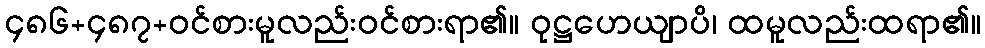
၄၈၆+၄၈၇+ဝင်စားမူလည်းဝင်စားရာ၏။ ဝုဋ္ဌဟေယျာပိ၊ ထမူလည်းထရာ၏။